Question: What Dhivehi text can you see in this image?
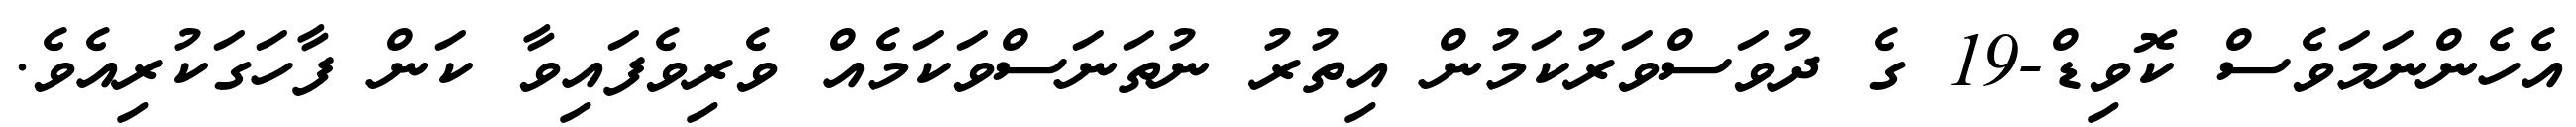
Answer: އެހެންނަމަވެސް ކޮވިޑް-19 ގެ ދުވަސްވަރުކަމުން އިތުރު ނުތަނަސްވަކަމެއް ވެރިވެފައިވާ ކަން ފާހަގަކުރިއެވެ.